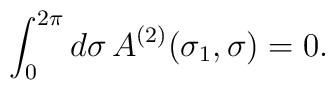
\int_0^{2\pi}d\sigma\, A^{(2)}(\sigma_1,\sigma) = 0.